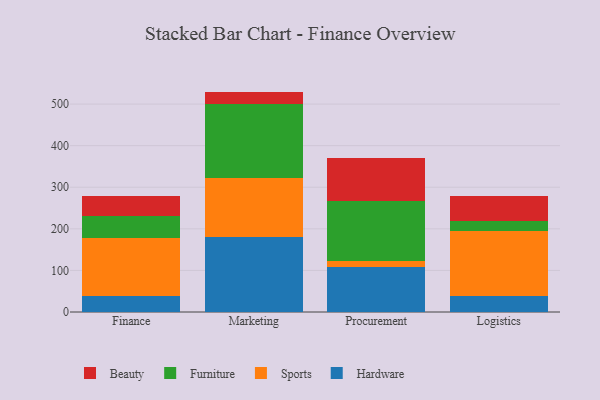
{"axis": {"x": "Department", "y": "Humidity (%)"}, "legend": ["Beauty", "Furniture", "Hardware", "Sports"], "data": [{"x": "Finance", "y": 37.8, "type": "Hardware"}, {"x": "Finance", "y": 141.1, "type": "Sports"}, {"x": "Finance", "y": 51.6, "type": "Furniture"}, {"x": "Finance", "y": 47.5, "type": "Beauty"}, {"x": "Marketing", "y": 179.5, "type": "Hardware"}, {"x": "Marketing", "y": 142.7, "type": "Sports"}, {"x": "Marketing", "y": 177.1, "type": "Furniture"}, {"x": "Marketing", "y": 30.7, "type": "Beauty"}, {"x": "Procurement", "y": 107.6, "type": "Hardware"}, {"x": "Procurement", "y": 14.3, "type": "Sports"}, {"x": "Procurement", "y": 144.2, "type": "Furniture"}, {"x": "Procurement", "y": 104.9, "type": "Beauty"}, {"x": "Logistics", "y": 37.8, "type": "Hardware"}, {"x": "Logistics", "y": 157.5, "type": "Sports"}, {"x": "Logistics", "y": 24.5, "type": "Furniture"}, {"x": "Logistics", "y": 58.2, "type": "Beauty"}]}